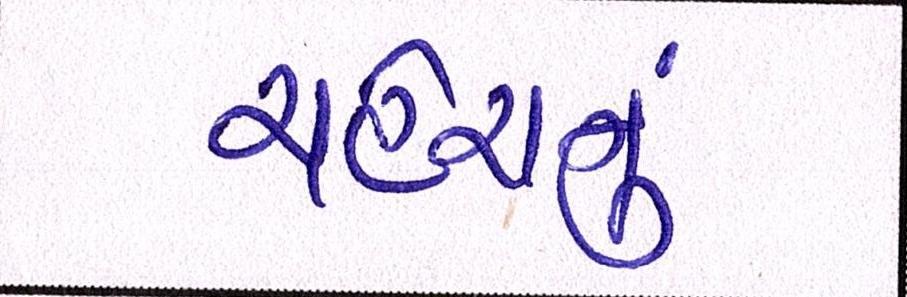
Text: ચહેરાનું